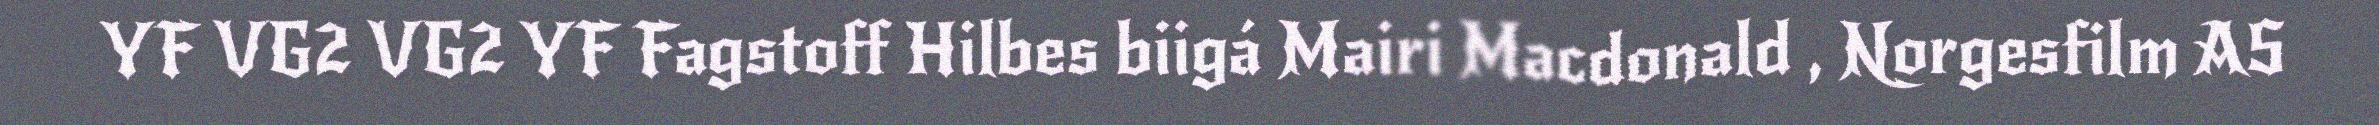
YF VG2 VG2 YF Fagstoff Hilbes biigá Mairi Macdonald , Norgesfilm AS